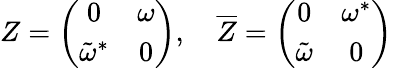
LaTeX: Z=\left(\begin{array}{cc}{{0}}&{{\omega}}\\ {{{\tilde{\omega}}^{*}}}&{{0}}\end{array}\right),\quad{\overline{{Z}}}=\left(\begin{array}{cc}{{0}}&{{{\omega}^{*}}}\\ {{{\tilde{\omega}}}}&{{0}}\end{array}\right)